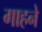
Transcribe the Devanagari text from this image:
गाहने